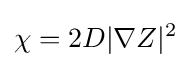
\chi =2D|\nabla Z|^{2}